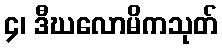
၄၊ ဒီဃလောမိကသုတ်